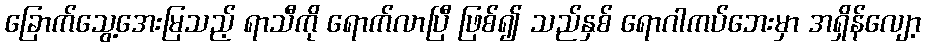
ခြောက်သွေ့အေးမြသည့် ရာသီကို ရောက်လာပြီ ဖြစ်၍ သည်နှစ် ရောဂါကပ်ဘေးမှာ အရှိန်လျော့